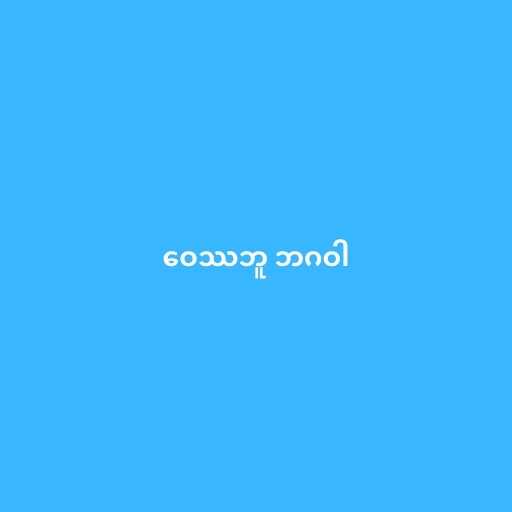
ဝေဿဘူ ဘဂဝါ